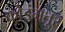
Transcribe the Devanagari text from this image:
कोइंमतूर